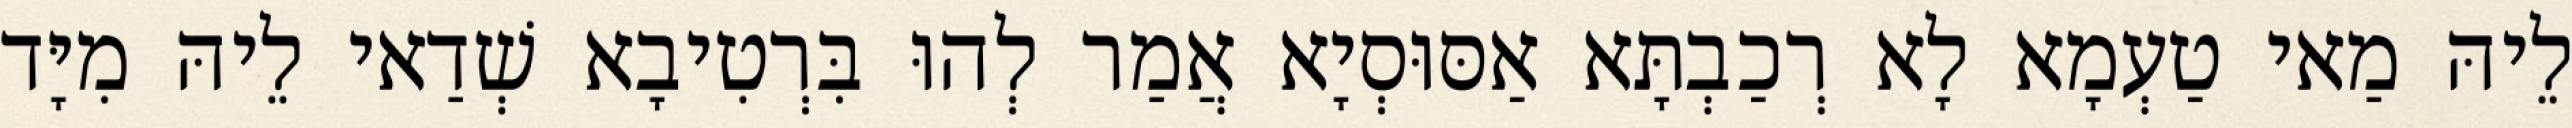
לֵיהּ מַאי טַעְמָא לָא רְכַבְתָּא אַסּוּסְיָא אֲמַר לְהוּ בִּרְטִיבָא שְׁדַאי לֵיהּ מִיָּד